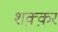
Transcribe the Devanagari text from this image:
शक़्क़र